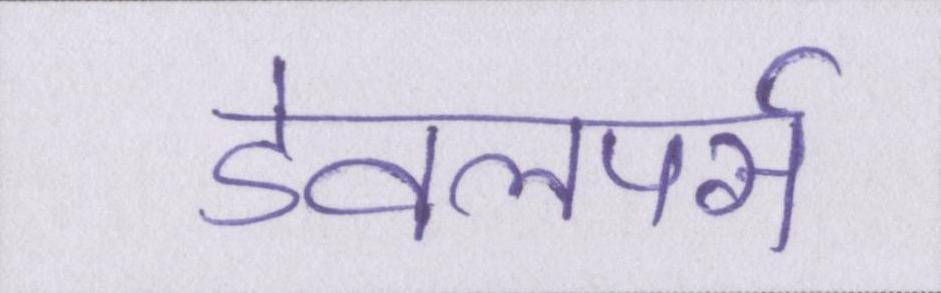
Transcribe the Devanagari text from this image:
डेवलपर्स